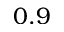
0 . 9